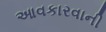
આવકારવાની